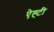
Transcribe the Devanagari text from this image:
ऐह्टी